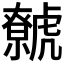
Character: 𧈏